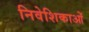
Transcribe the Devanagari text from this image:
निवेशिकाओं